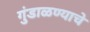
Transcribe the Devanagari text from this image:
गुंडाळण्याचे